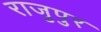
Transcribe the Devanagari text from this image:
राजुपुर